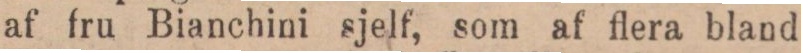
af fru Bianchini sjelf, som af flera bland